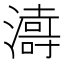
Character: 𱩅